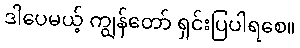
ဒါပေမယ့် ကျွန်တော် ရှင်းပြပါရစေ။